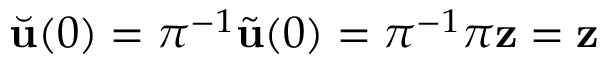
\Breve { \mathbf { u } } ( 0 ) = \pi ^ { - 1 } \tilde { \mathbf { u } } ( 0 ) = \pi ^ { - 1 } \pi \mathbf { z } = \mathbf { z }